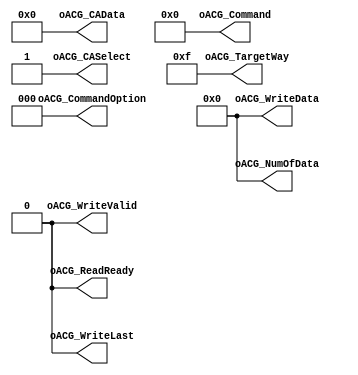
// This program was cloned from: https://github.com/cjhonlyone/NandFlashController
// License: GNU General Public License v3.0

`timescale 1ns / 1ps

module NFC_Command_Idle
#
(
    parameter NumberOfWays    =   4
)
(
    oACG_Command          ,  
    oACG_CommandOption    ,  

    oACG_TargetWay        ,  
    oACG_NumOfData        ,  

    oACG_CASelect         ,  
    oACG_CAData           ,  

    oACG_WriteData        ,  
    oACG_WriteLast        ,  
    oACG_WriteValid       ,  

    oACG_ReadReady       
);

    output   [7:0]                  oACG_Command             ;
    output   [2:0]                  oACG_CommandOption       ;

    output   [NumberOfWays - 1:0]   oACG_TargetWay           ;
    output   [15:0]                 oACG_NumOfData           ;

    output                          oACG_CASelect            ;
    output   [39:0]                 oACG_CAData              ;

    output   [15:0]                 oACG_WriteData           ;
    output                          oACG_WriteLast           ;
    output                          oACG_WriteValid          ;

    output                          oACG_ReadReady           ;


	assign oACG_Command         = 8'b0000_0000;    
	assign oACG_CommandOption   = 3'b000;    
	assign oACG_TargetWay       = 8'hff;    
	assign oACG_NumOfData       = 16'd0;    
	assign oACG_CASelect        = 1'b1;    
	assign oACG_CAData          = 40'h00_00_00_00_00;    
	assign oACG_WriteData       = 16'h0000;    
	assign oACG_WriteLast       = 1'b0;    
	assign oACG_WriteValid      = 1'b0;    
	assign oACG_ReadReady       = 1'b0;    
	
endmodule